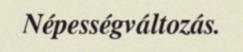
Népességváltozás.